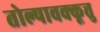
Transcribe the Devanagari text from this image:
तोल्पावक्कूत्तु